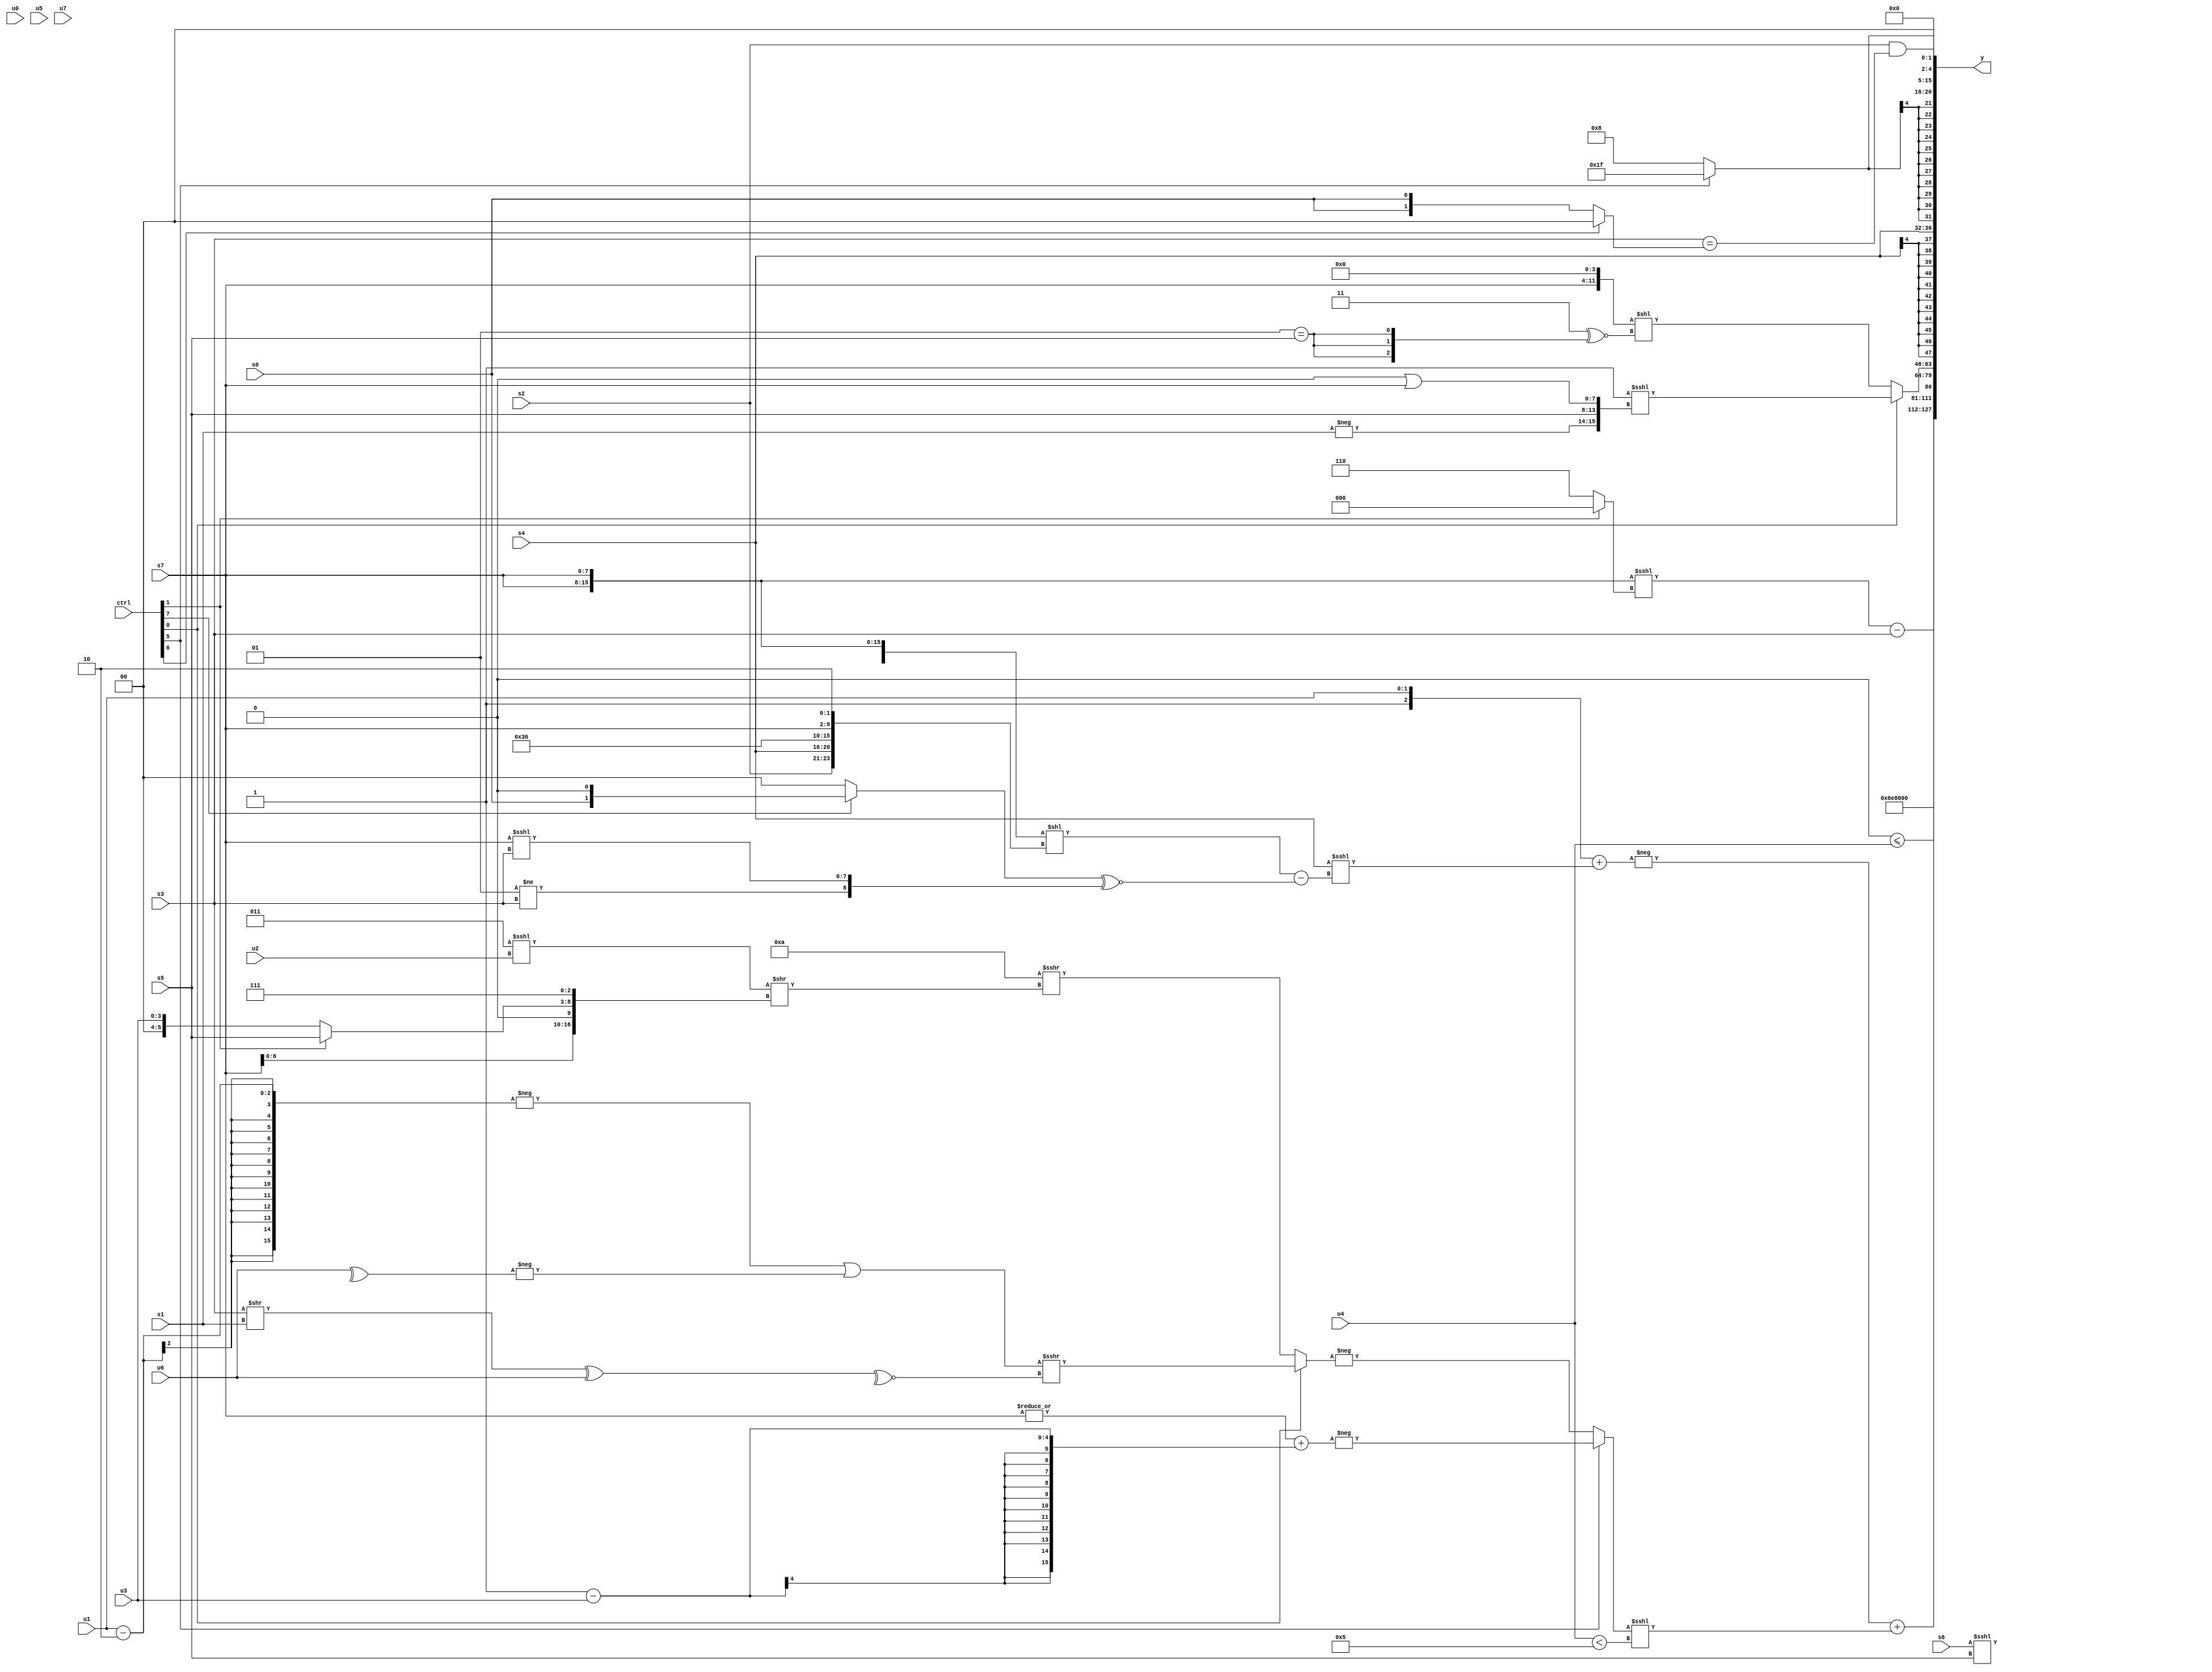
module wideexpr_00236(ctrl, u0, u1, u2, u3, u4, u5, u6, u7, s0, s1, s2, s3, s4, s5, s6, s7, y);
  input [7:0] ctrl;
  input [0:0] u0;
  input [1:0] u1;
  input [2:0] u2;
  input [3:0] u3;
  input [4:0] u4;
  input [5:0] u5;
  input [6:0] u6;
  input [7:0] u7;
  input signed [0:0] s0;
  input signed [1:0] s1;
  input signed [2:0] s2;
  input signed [3:0] s3;
  input signed [4:0] s4;
  input signed [5:0] s5;
  input signed [6:0] s6;
  input signed [7:0] s7;
  output [127:0] y;
  wire [15:0] y0;
  wire [15:0] y1;
  wire [15:0] y2;
  wire [15:0] y3;
  wire [15:0] y4;
  wire [15:0] y5;
  wire [15:0] y6;
  wire [15:0] y7;
  assign y = {y0,y1,y2,y3,y4,y5,y6,y7};
  assign y0 = (($signed({2{s7}}))<<<((ctrl[1]?-(($signed({1{u1}}))<<($signed((5'sb01001)+(5'sb00010)))):3'sb110)))-(s3);
  assign y1 = {2{4'b1101}};
  assign y2 = +((&(+((s1)<<<(4'b0010))))<=({1{u4}}));
  assign y3 = (-(({1{{((6'b100101)==((u2)<<({2{u1}})))>>>({1{|(6'sb100101)}}),2'sb01,u1}}})+($unsigned((s4)<<<((({(s6)<<<(s5),3'sb000,{3{s7}}})<<({s2,{s4,6'sb110110,s7,2'sb10}}))-(((ctrl[7]?{s0,1'sb0}:&(2'sb01)))^~({(2'sb01)!=(s3),(s7)<<<(s3)})))))))+(((ctrl[5]?-((|(+(s7)))+(($signed(1'sb1))-(u3))):-((ctrl[0]?((-((u1)-(3'sb010)))|(-(^(u6))))>>>(~^(((s3)>>(s1))^($signed(u6)))):(4'sb1010)>>>(({1{(3'sb011)<<<(u2)}})>>({(s7)<<<(1'b1),(ctrl[1]?s5:u3),3'sb111}))))))<<<($signed(($signed(u4))<($signed(5'sb00101)))));
  assign y4 = +((ctrl[0]?(~&({s5,s4,((ctrl[1]?s3:-(s5)))>>($signed(5'sb10101))}))<<<({-($signed(s1)),s5,(-(1'b0))|(s7)}):+(((s7)<<(4'b0100))<<((2'sb11)^~({3{(-(3'sb111))==(s5)}})))));
  assign y5 = s4;
  assign y6 = (ctrl[5]?1'sb1:5'sb01000);
  assign y7 = {-($signed(1'sb0)),(s2)&(+((s3)==((ctrl[6]?2'sb00:s0)))),{2{$unsigned(1'sb0)}}};
endmodule